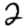
Digit: 2